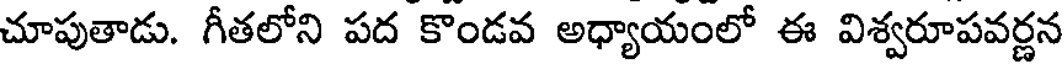
చూపుతాడు. గీతలోని పద కొండవ అధ్యాయంలో ఈ విశ్వరూపవర్ణన